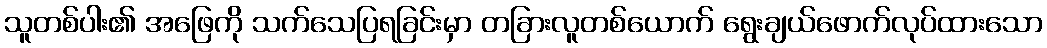
သူတစ်ပါး၏ အဖြေကို သက်သေပြရခြင်းမှာ တခြားလူတစ်ယောက် ရွေးချယ်ဖောက်လုပ်ထားသော